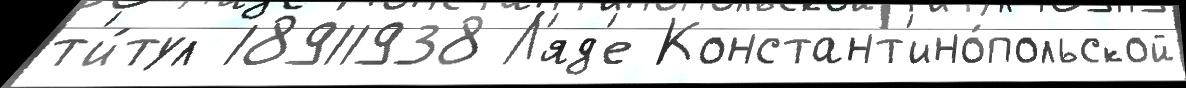
т'и́тул 18911938 Л'яд'е Констант'ино́польской